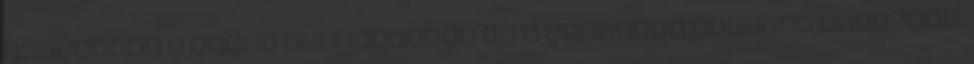
változnia a hazai tévéiparban és a közönség fejében egyaránt.